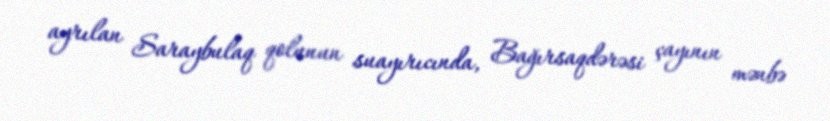
ayrılan Saraybulaq qolunun suayırıcında, Bağırsaqdərəsi çayının mənbə